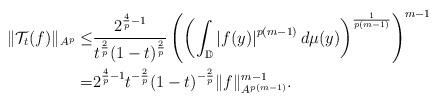
LaTeX: \begin{align*}\|\mathcal{T}_t(f)\|_{A^p}\leq&\frac{2^{\frac4p-1}}{t^{\frac2p}(1-t)^{\frac2p}}\left(\left(\int_{\mathbb{D}}\left|f(y)\right|^{p(m-1)}d\mu(y)\right)^\frac1{p(m-1)}\right)^{m-1}\\=&2^{\frac4p-1}t^{-\frac2p}(1-t)^{-\frac2p}\|f\|_{A^{p(m-1)}}^{m-1}.\end{align*}